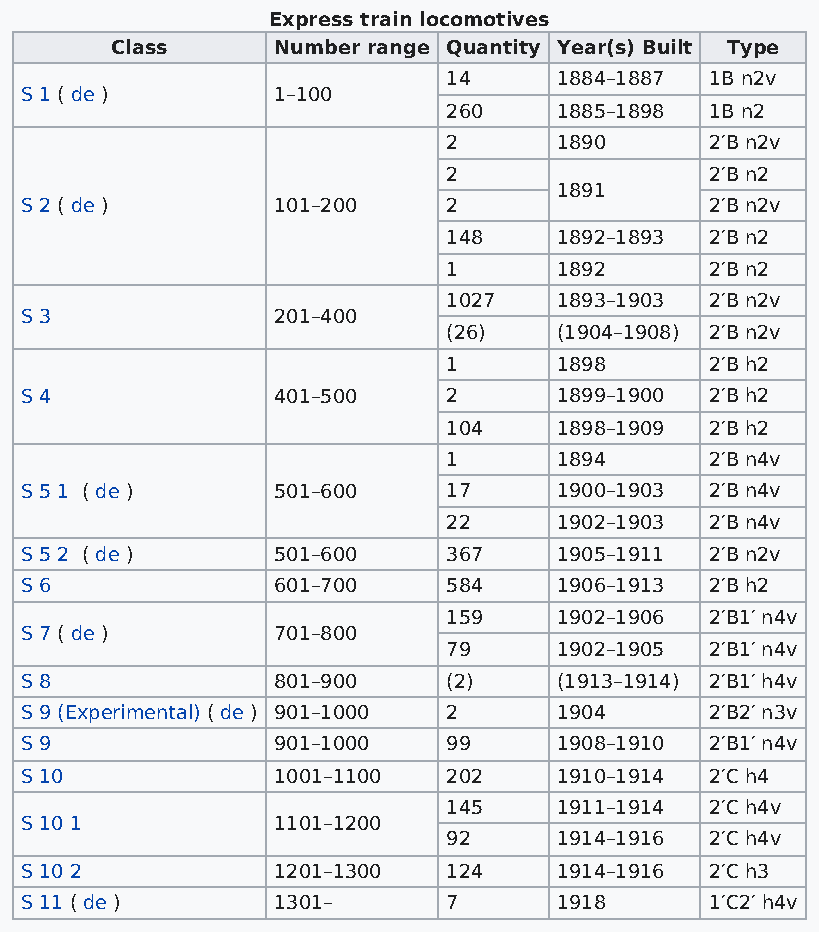
Express train locomotives
 Class      Number range Quantity Year(s) Built Type
 14     1884–1887 1B n2v
 S 1 ( de )       1–100
 260    1885–1898 1B n2
 2      1890      2′B n2v
 2                2′B n2
 1891
 S 2 ( de )       101–200     2                2′B n2v
 148    1892–1893 2′B n2
 1      1892      2′B n2
 1027   1893–1903 2′B n2v
 S 3              201–400
 (26)   (1904–1908) 2′B n2v
 1      1898      2′B h2
 S 4              401–500     2      1899–1900 2′B h2
 104    1898–1909 2′B h2
 1      1894      2′B n4v
 S 5 1 ( de )     501–600     17     1900–1903 2′B n4v
 22     1902–1903 2′B n4v
 S 5 2 ( de )     501–600     367    1905–1911 2′B n2v
 S 6              601–700     584    1906–1913 2′B h2
 159    1902–1906 2′B1′ n4v
 S 7 ( de )       701–800
 79     1902–1905 2′B1′ n4v
 S 8              801–900     (2)    (1913–1914) 2′B1′ h4v
 S 9 (Experimental) ( de ) 901–1000 2 1904     2′B2′ n3v
 S 9              901–1000    99     1908–1910 2′B1′ n4v
 S 10             1001–1100   202    1910–1914 2′C h4
 145    1911–1914 2′C h4v
 S 10 1           1101–1200
 92     1914–1916 2′C h4v
 S 10 2           1201–1300   124    1914–1916 2′C h3
 S 11 ( de )      1301–       7      1918      1′C2′ h4v